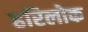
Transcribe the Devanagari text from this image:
हरिलोक